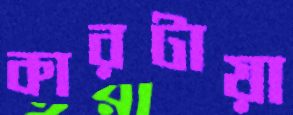
কারটায়া